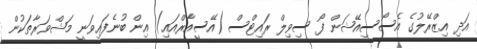
އަދި އިޒްރޭލުގެ އެސޯސިއޭޝަން ފޯ ސިވިލް ރައިޓްސް (އޭސީއާރްއައި) އިން ބުނެފައިވަނީ މަޝްވަރާތަކުން